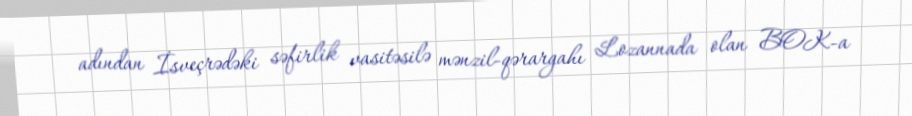
adından İsveçrədəki səfirlik vasitəsilə mənzil-qərargahı Lozannada olan BOK-a